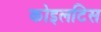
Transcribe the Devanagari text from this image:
कोइलटिस